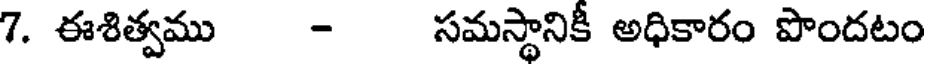
7. ఈశిత్వము - సమస్థానికీ అధికారం పొందటం